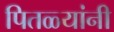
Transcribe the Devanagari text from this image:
पितळ्यांनी